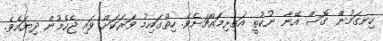
ހިނގަމުން ގޮސް އޭނާ ނުކުތީ އަތިރިމައްޗަށެވެ. ހިތްގައިމު ވަރަކަށް ވައި ޖެހެމުން ދިޔައެވެ.